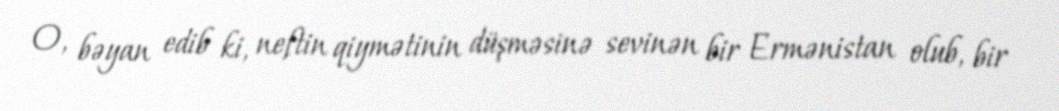
O, bəyan edib ki, neftin qiymətinin düşməsinə sevinən bir Ermənistan olub, bir